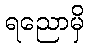
ရညောမှိ